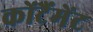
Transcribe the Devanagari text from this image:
कोंटैंमेंट